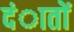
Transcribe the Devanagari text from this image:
दंातों